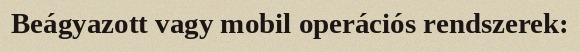
Beágyazott vagy mobil operációs rendszerek: